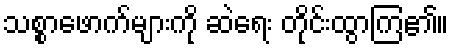
သစ္စာဖောက်များကို ဆဲရေး တိုင်းထွာကြ၏။